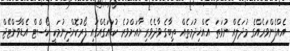
އެއްފެންވަރެއްގެ މުދަލެއް ނުވަތަ އެއްޚިދުމަތެއް ތިބާގެ ވާދެވެރިޔާއަށްވުރެ ކުޑައަގެއްގައި ފޯރުކޮށްދިނުމަކީ ކޯސްޓް އެޑްވާންޓޭޖް